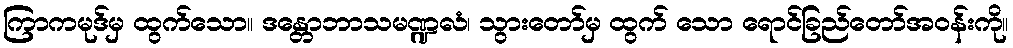
ကြာကမုဒ်မှ ထွက်သော။ ဒန္တောဘာသမဏ္ဍလံ၊ သွားတော်မှ ထွက် သော ရောင်ခြည်တော်အဝန်းကို။